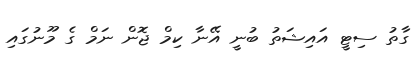
ގާތު ސިޓީ އައިޝަތު ބުނީ އޭނާ ކިމް ޖޮން ނަމް ގެ މޫނުގައި